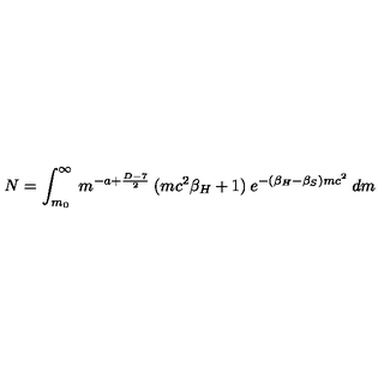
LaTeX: N = \int _ { m _ { 0 } } ^ { \infty } \: m ^ { - a + \frac { D - 7 } { 2 } } \: ( m c ^ { 2 } \beta _ { H } + 1 ) \: e ^ { - ( \beta _ { H } - \beta _ { S } ) m c ^ { 2 } } \: d m